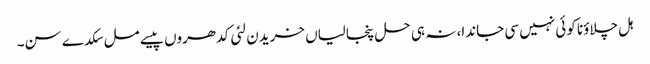
ہل چلاؤنا کوئی نہیں سی جاندا، نہ ہی حل پنجالیاں خریدن لئی کدھروں پیسے مل سکدے سن۔